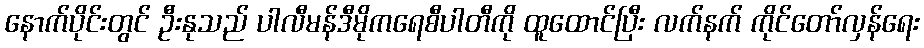
နောက်ပိုင်းတွင် ဦးနုသည် ပါလီမန်ဒီမိုကရေစီပါတီကို ထူထောင်ပြီး လက်နက် ကိုင်တော်လှန်ရေး